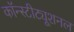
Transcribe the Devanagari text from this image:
कॉन्स्टीट्यूशनल